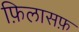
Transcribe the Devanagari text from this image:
फ़िलासफ़